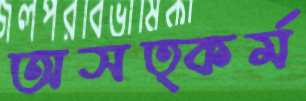
অসত্কর্ম